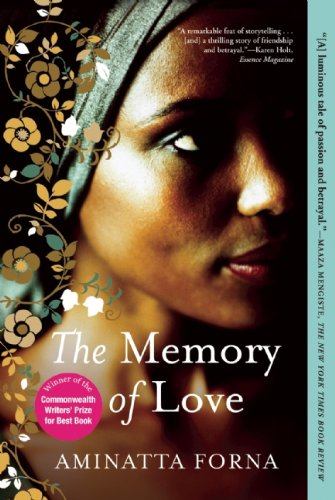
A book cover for The Memory of Love; Aminatta Forna; Literature & Fiction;